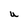
Character: U